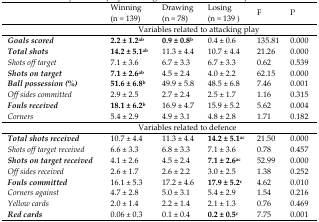
<table><thead><tr><td></td><td><b>Winning (n = 139)</b></td><td><b>Drawing (n = 78)</b></td><td><b>Losing (n = 139 )</b></td><td><b>F</b></td><td><b>P</b></td></tr></thead><tbody><tr><td colspan="6">Variables related to attacking play</td></tr><tr><td><b><i>Goals scored</i></b></td><td><b>2.2 ± 1.2<sup>ab</sup></b></td><td><b>0.9 ± 0.8<sup>b</sup></b></td><td>0.4 ± 0.6</td><td>135.81</td><td>0.000</td></tr><tr><td><b><i>Total shots</i></b></td><td><b>14.2 ± 5.1<sup>ab</sup></b></td><td>11.3 ± 4.4</td><td>10.7 ± 4.4</td><td>21.26</td><td>0.000</td></tr><tr><td><i>Shots off target</i></td><td>7.1 ± 3.6</td><td>6.7 ± 3.3</td><td>6.7 ± 3.3</td><td>0.62</td><td>0.539</td></tr><tr><td><b><i>Shots on target</i></b></td><td><b>7.1 ± 2.6<sup>ab</sup></b></td><td>4.5 ± 2.4</td><td>4.0 ± 2.2</td><td>62.15</td><td>0.000</td></tr><tr><td><b><i>Ball possession (%)</i></b></td><td><b>51.6 ± 6.8<sup>b</sup></b></td><td>49.9 ± 5.8</td><td>48.5 ± 6.8</td><td>7.46</td><td>0.001</td></tr><tr><td><i>Off sides committed</i></td><td>2.9 ± 2.5</td><td>2.7 ± 2.4</td><td>2.5 ± 1.7</td><td>1.16</td><td>0.315</td></tr><tr><td><b><i>Fouls received</i></b></td><td><b>18.1 ± 6.2<sup>b</sup></b></td><td>16.9 ± 4.7</td><td>15.9 ± 5.2</td><td>5.62</td><td>0.004</td></tr><tr><td><i>Corners</i></td><td>5.4 ± 2.9</td><td>4.9 ± 3.1</td><td>4.8 ± 2.8</td><td>1.71</td><td>0.182</td></tr><tr><td colspan="6">Variables related to defence</td></tr><tr><td><b><i>Total shots received</i></b></td><td>10.7 ± 4.4</td><td>11.3 ± 4.4</td><td><b>14.2 ± 5.1<sup>ac</sup></b></td><td>21.50</td><td>0.000</td></tr><tr><td><i>Shots off target received</i></td><td>6.6 ± 3.3</td><td>6.8 ± 3.3</td><td>7.1 ± 3.6</td><td>0.78</td><td>0.457</td></tr><tr><td><b><i>Shots on target received</i></b></td><td>4.1 ± 2.6</td><td>4.5 ± 2.4</td><td><b>7.1 ± 2.6<sup>ac</sup></b></td><td>52.99</td><td>0.000</td></tr><tr><td><i>Off sides received</i></td><td>2.6 ± 1.7</td><td>2.6 ± 2.2</td><td>3.0 ± 2.5</td><td>1.38</td><td>0.252</td></tr><tr><td><b><i>Fouls committed</i></b></td><td>16.1 ± 5.3</td><td>17.2 ± 4.6</td><td><b>17.9 ± 5.2<sup>c</sup></b></td><td>4.62</td><td>0.010</td></tr><tr><td><i>Corners against</i></td><td>4.7 ± 2.8</td><td>5.0 ± 3.1</td><td>5.4 ± 2.9</td><td>1.54</td><td>0.216</td></tr><tr><td><i>Yellow cards</i></td><td>2.0 ± 1.4</td><td>2.2 ± 1.4</td><td>2.1 ± 1.3</td><td>0.76</td><td>0.469</td></tr><tr><td><b><i>Red cards</i></b></td><td>0.06 ± 0.3</td><td>0.1 ± 0.4</td><td><b>0.2 ± 0.5<sup>c</sup></b></td><td>7.75</td><td>0.001</td></tr></tbody></table>